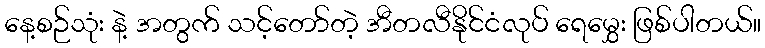
နေ့စဉ်သုံး နဲ့ အတွက် သင့်တော်တဲ့ အီတလီနိုင်ငံလုပ် ရေမွှေး ဖြစ်ပါတယ်။